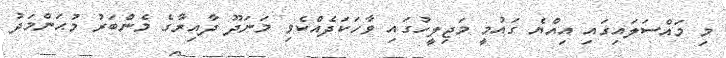
މި މައްސަލައިގައި އިއްޔެ ގައުމީ މަޖިލީހުގައި ވާހަކަދެއްކެވި މަނަދޫ ދާއިރާގެ މެންބަރު މުޙަންމަދު